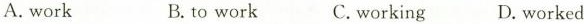
A.work B.to work C.working D.worked